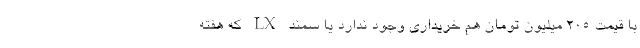
با قیمت 205 میلیون تومان هم خریداری وجود ندارد یا سمند LX که هفته